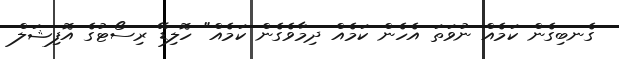
ގެނބިގެން ކަމެއް ނުވަތަ އެހެން ކަމެއް ދިމާވެގެން ކަމެއް" ހޮލިޑޭ ރިސޯޓުގެ އޮފިޝަލް